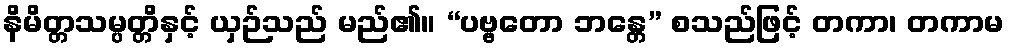
နိမိတ္တသမ္ပတ္တိနှင့် ယှဉ်သည် မည်၏။ “ပဗ္ဗတော ဘန္တေ” စသည်ဖြင့် တကာ၊ တကာမ